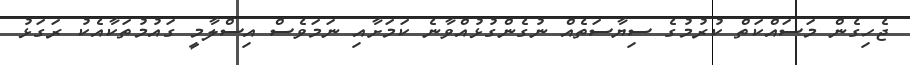
ޖެހިގެން މަސައްކަތް ކުރުމުގެ ސިޔާސަތެއް ނުގެންގުޅުއްވާނެ ކަމަށާއި ނަމަވެސް އިސްލާމީ ގައުމުތަކާއެކު ރަގަޅު